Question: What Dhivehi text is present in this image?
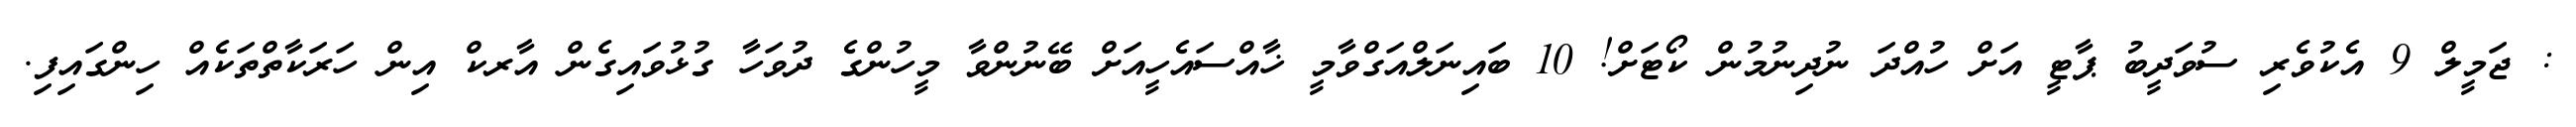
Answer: : ޖަމީލް 9 އެކުވެރި ސުވަދީބު ޕާޓީ އަށް ހުއްދަ ނުދިނުމުން ކޯޓަށް! 10 ބައިނަލްއަގްވާމީ ޚާއްސައެހީއަށް ބޭނުންވާ މީހުންގެ ދުވަހާ ގުޅުވައިގެން އާރކް އިން ހަރަކާތްތަކެއް ހިންގައިފި.